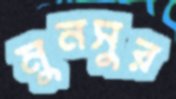
মুনসুর